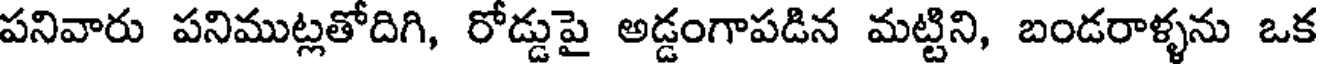
పనివారు పనిముట్లతోదిగి, రోడ్డుపై అడ్డంగాపడిన మట్టిని, బండరాళ్ళను ఒక